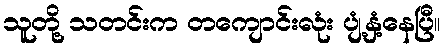
သူတို့ သတင်းက တကျောင်းလုံး ပျံ့နှံ့နေပြီ။